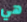
هي